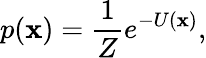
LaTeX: p(\mathbf{x})=\frac{1}{Z}e^{-U(\mathbf{x})},